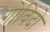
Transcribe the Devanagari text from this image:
गोविंदो